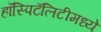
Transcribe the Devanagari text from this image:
हॉस्पिटॅलिटीमध्ये